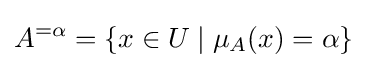
A^{=\alpha }=\{x\in U\mid \mu _{A}(x)=\alpha \}